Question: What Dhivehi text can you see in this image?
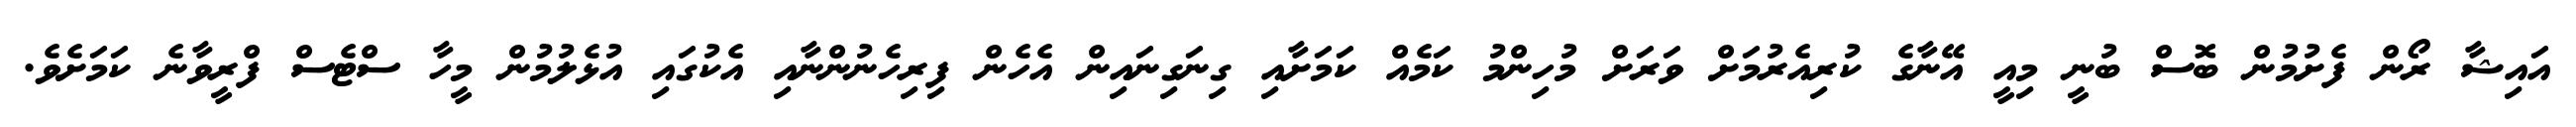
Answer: އައިޝާ ރޯން ފެށުމުން ބޮސް ބުނީ މިއީ އޭނާގެ ކުރިއެރުމަށް ވަރަށް މުހިންމު ކަމެއް ކަމަށާއި ގިނަގިނައިން އެހެން ފިރިހެނުންނާއި އެކުގައި އުޅެލުމުން މީހާ ސްޓެސް ފްރީވާނެ ކަމަށެވެ.